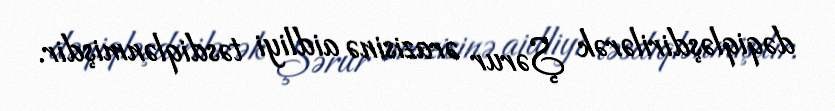
dəqiqləşdirilərək Şərur ərazisinə aidliyi təsdiqlənmişdir.